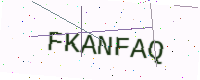
Text: FKANFAQ